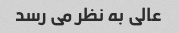
عالی به نظر می رسد